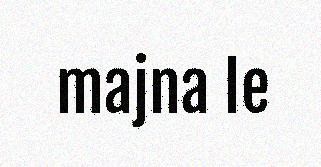
majna le